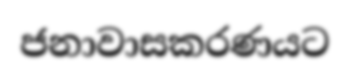
ජනාවාසකරණයට